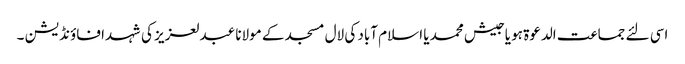
اسی لئے جماعت الدعوۃ ہو یا جیش محمد یا اسلام آباد کی لال مسجد کے مولانا عبدلعزیز کی شہدا فاؤنڈیشن ۔